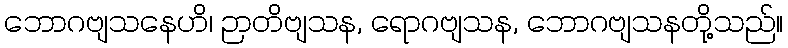
ဘောဂဗျသနေဟိ၊ ဉာတိဗျသန, ရောဂဗျသန, ဘောဂဗျသနတို့သည်။